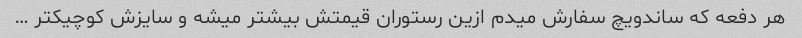
هر دفعه که ساندویچ سفارش میدم ازین رستوران قیمتش بیشتر میشه و سایزش کوچیکتر …